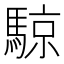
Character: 𬳮